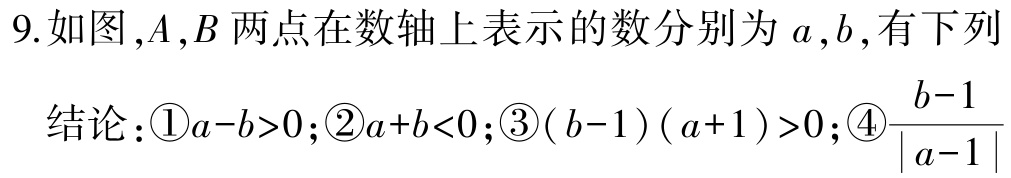
9.如图，\(A,B\)两点在数轴上表示的数分别为\(a,b\)，有下列
结论：\textcircled{1}\(a - b>0\)；\textcircled{2}\(a + b<0\)；\textcircled{3}\((b - 1)(a + 1)>0\)；\textcircled{4}\(\frac{b - 1}{\vert a - 1\vert}\)